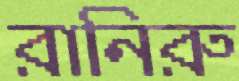
রানিরু